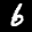
Label: 6